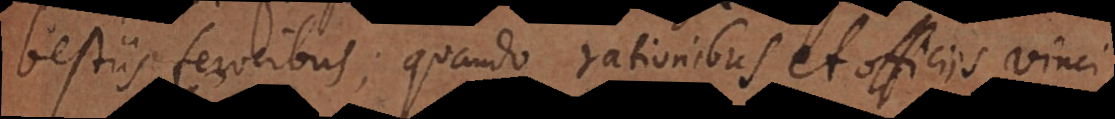
bestiis ferocibus; quando rationibus et officiis vinci